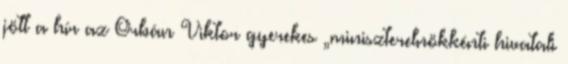
jött a hí­r az Orbán Viktor gyerekes „miniszterelnökkénti hivatali